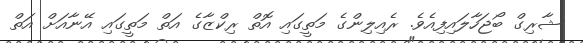
ޝާރިގް ބޯޖަހާލައިފިއެވެ. ރެއިލިންގެ މަތީގައި އޮތް ރިކްޒާގެ އަތް މަތީގައި އޭނާއަށް އަތް